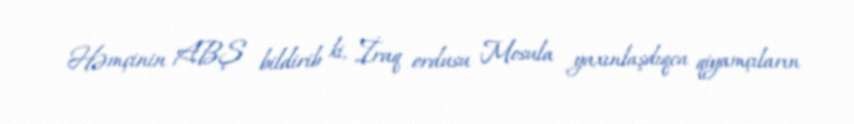
Həmçinin ABŞ bildirib ki, İraq ordusu Mosula yaxınlaşdıqca qiyamçıların